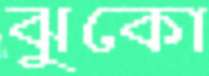
ঝুকো